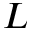
L